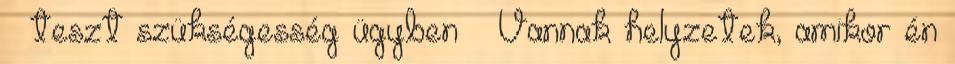
teszt szükségesség ügyben 🙂 Vannak helyzetek, amikor én